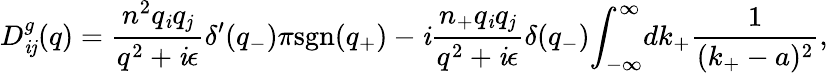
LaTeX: D_{\mathit{i}\mathit{j}}^{g}(q)=\frac{{n^{2}q_{\mathit{i}}q_{\mathit{j}}}}{{q^{2}+\mathit{i}{\epsilon}}}{\delta}^{\prime}(q_{-}){\pi}\mathrm{{sgn}}(q_{+})-\mathit{i}\frac{{n_{+}q_{\mathit{i}}q_{\mathit{j}}}}{{q^{2}+\mathit{i}{\epsilon}}}{\delta}(q_{-}){\int}_{-\infty}^{\infty}dk_{+}\frac{{1}}{{(k_{+}-a)^{2}}},